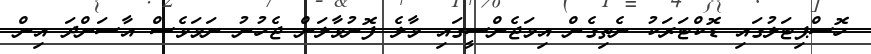
ހޮސްޕިޓަލުގައި ޑޮކްޓަރަކު ނެތިގެން އިމަޖެންސީގައި މާލެ ފޮނުވާލަން ޖެހުނު ނަމަވެސް އާސަންދަ އިން